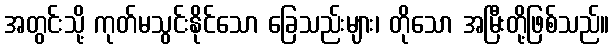
အတွင်းသို့ ကုတ်မသွင်းနိုင်သော ခြေသည်းများ၊ တိုသော အမြီးတို့ဖြစ်သည်။